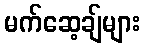
မက်ဆေ့ချ်များ